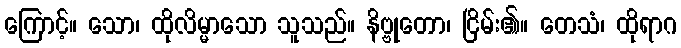
ကြောင့်။ သော၊ ထိုလိမ္မာသော သူသည်။ နိဗ္ဗုတော၊ ငြိမ်း၏။ တေသံ၊ ထိုရာဂ